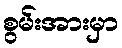
စွမ်းအားမှာ